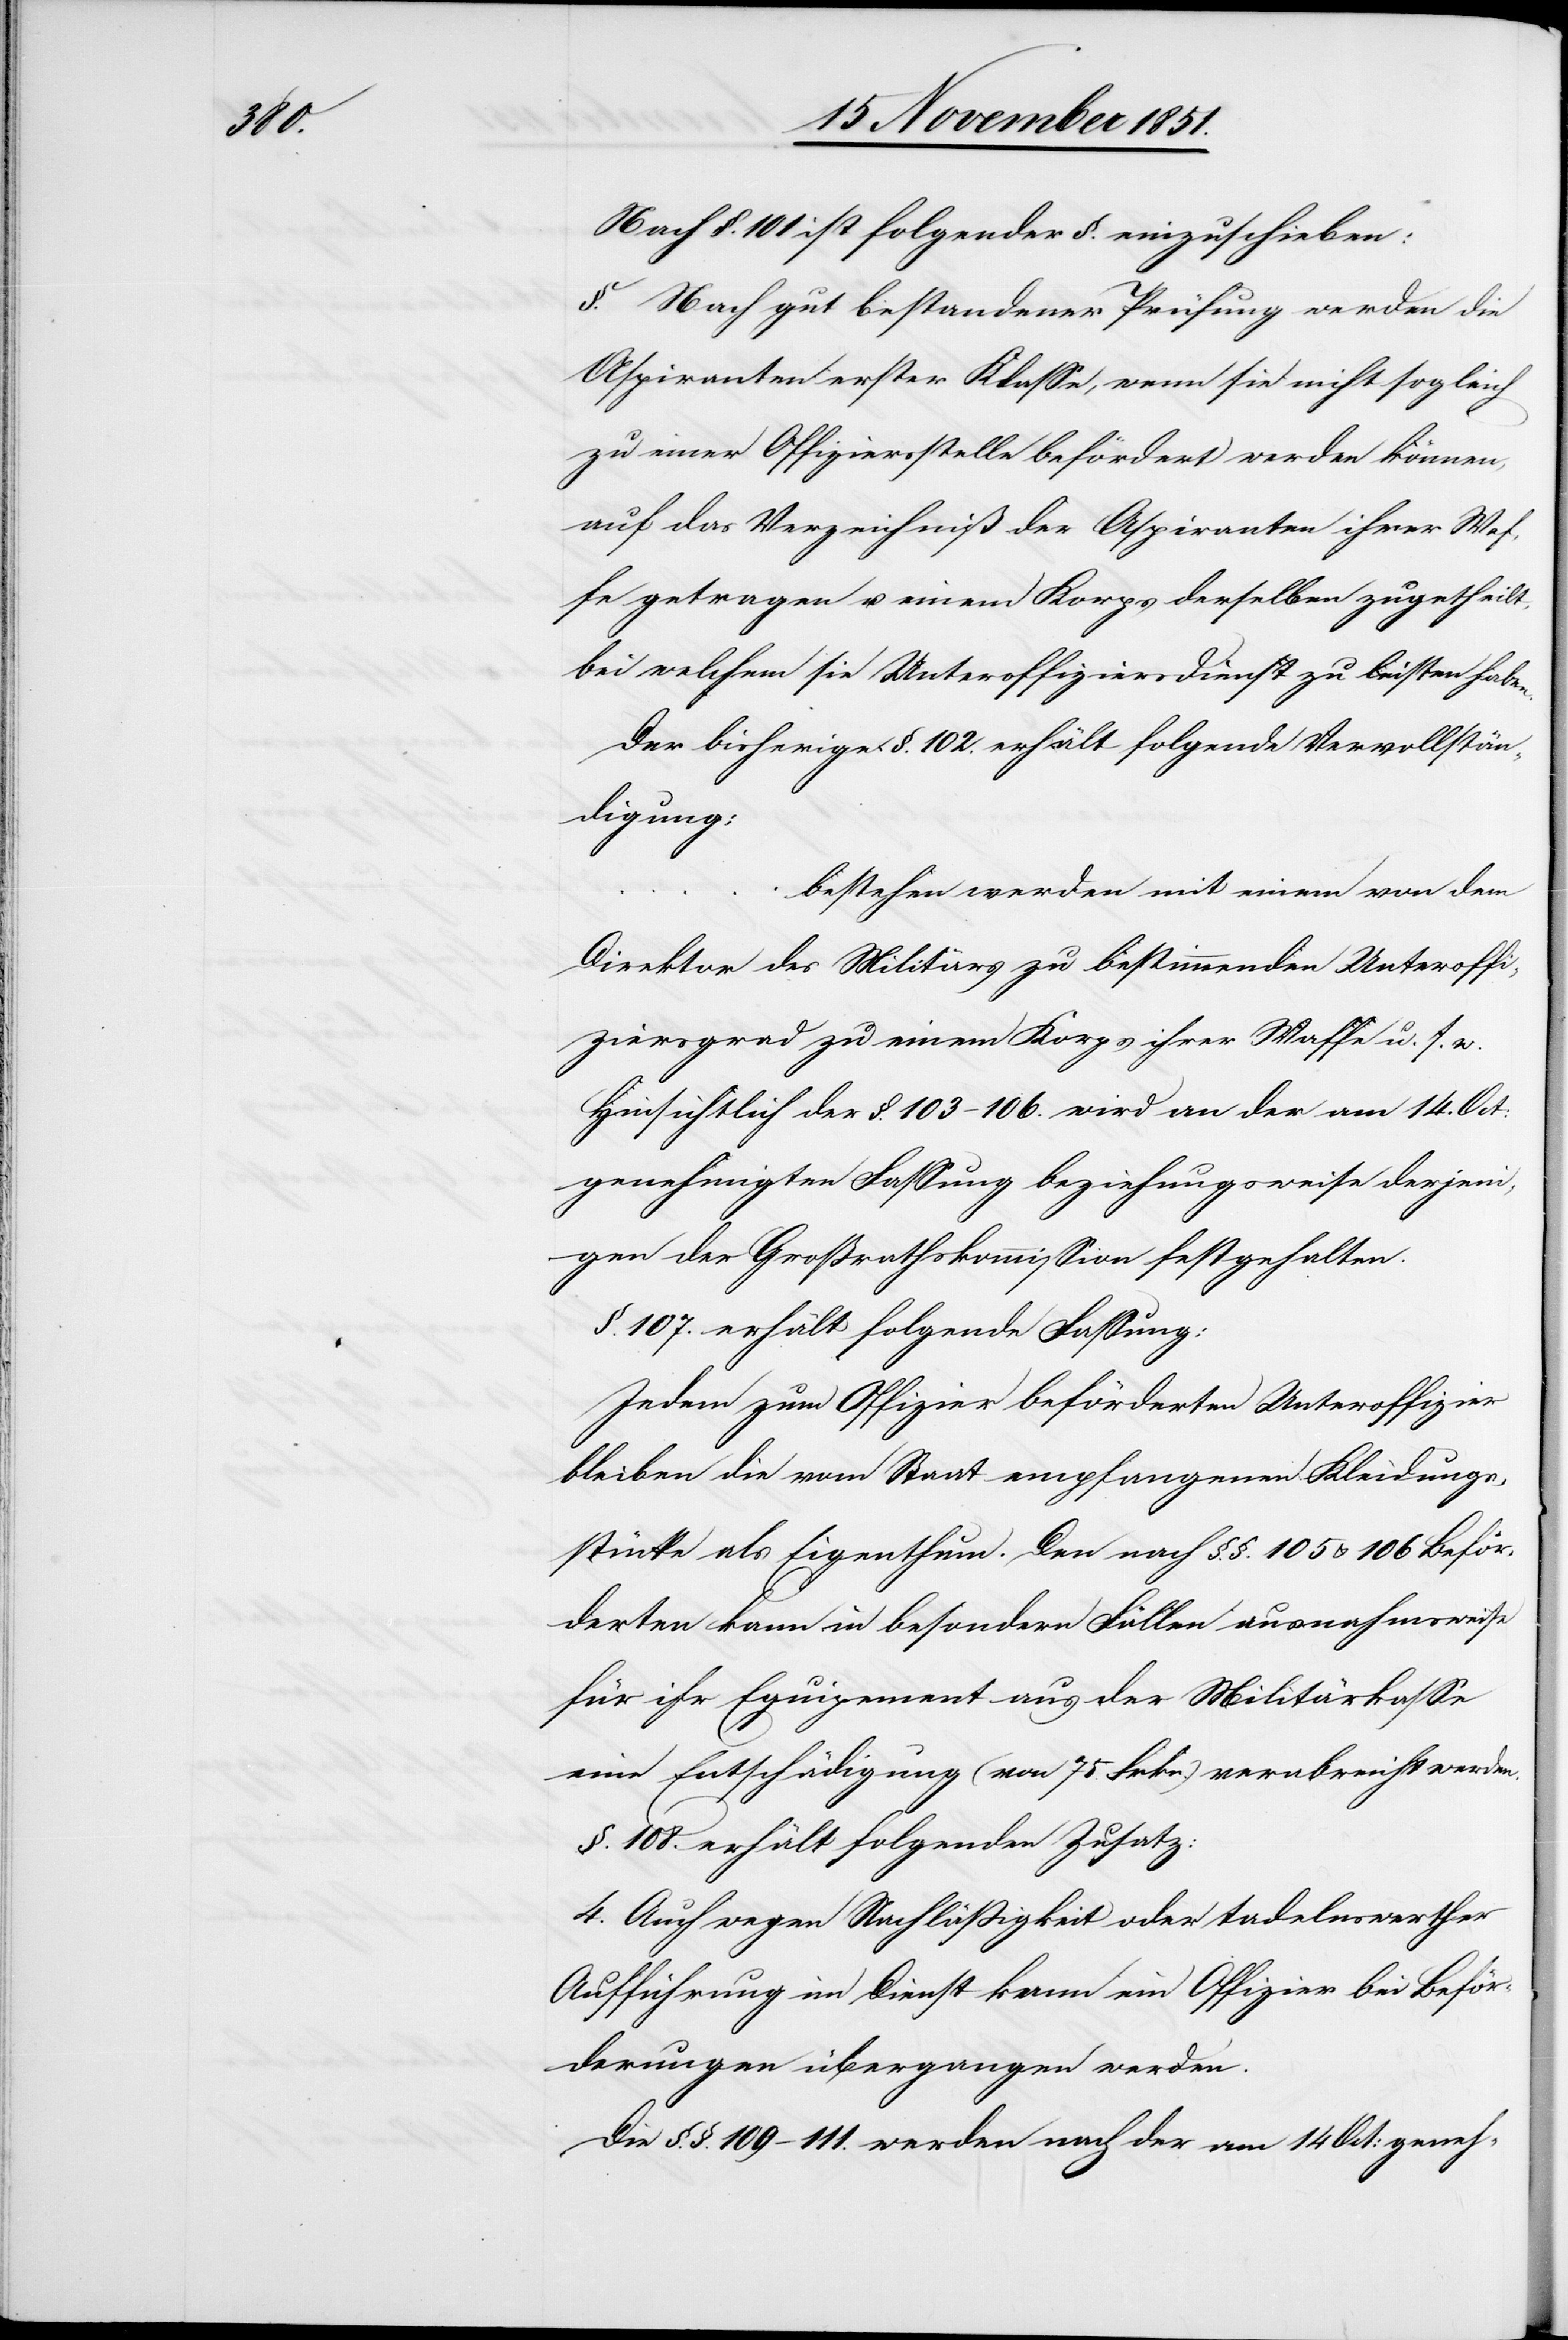
Nach §. 101 ist folgender §. einzuschieben:
§. Nach gut bestandener Prüfung werden die
Aspiranten erster Klasse, wenn sie nicht sogleich
zu einer Offiziersstelle befördert werden können,
auf das Verzeichniß der Aspiranten ihrer Waf¬
fe getragen u. einem Korps derselben zugetheilt,
bei welchem sie Unteroffiziersdienst zu leisten haben.
Der bisherige §. 102. erhält folgende Vervollstän¬
digung:
bestehen werden mit einem von dem
Direktor des Militärs zu bestimmenden Unteroffi¬
ziersgrad zu einem Korps & ihrer Waffe u. s. w.
Hinsichtlich der §. 103–106. wird an der am 14. Oct:
genehmigten Fassung beziehungsweise derjeni¬
gen der Großrathskommission festgehalten.
§. 107. erhält folgende Fassung:
Jedem zum Offizier beförderten Unteroffizier
bleiben die vom Staat empfangenen Kleidungs¬
stücke als Eigenthum. Den nach §.§. 105 & 106 Beför¬
derten kann in besondern Fällen ausnahmsweise
für ihr Equipement aus der Militärkasse
eine Entschädigung (von 75. Frkn.) verabreicht werden.
§. 108. erhält folgenden Zusatz:
4. Auch wegen Nachläßigkeit oder tadelnswerther
Aufführung im Dienst kann ein Offizier bei Beför¬
derungen übergangen werden.
Die §.§. 109–111. werden nach der am 14 Oct: geneh-